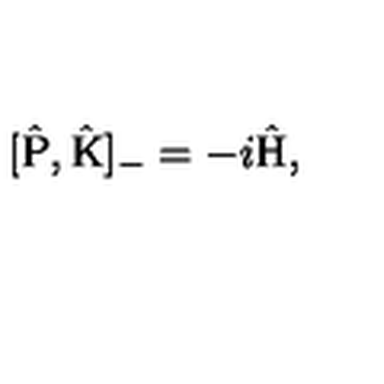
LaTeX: [ \hat { \mathrm { P } } , \hat { \mathrm { K } } ] _ { - } = - i \hat { \mathrm { H } } ,